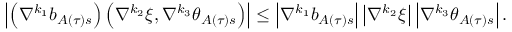
\left\vert \left( \nabla ^ { k _ { 1 } } b _ { A \left( \tau \right) s } \right) \left( \nabla ^ { k _ { 2 } } \xi , \nabla ^ { k _ { 3 } } \theta _ { A \left( \tau \right) s } \right) \right\vert \leq \left\vert \nabla ^ { k _ { 1 } } b _ { A \left( \tau \right) s } \right\vert \left\vert \nabla ^ { k _ { 2 } } \xi \right\vert \left\vert \nabla ^ { k _ { 3 } } \theta _ { A \left( \tau \right) s } \right\vert .